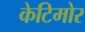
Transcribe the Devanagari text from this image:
केटिमोर